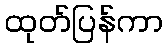
ထုတ်ပြန်ကာ